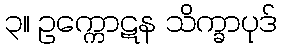
၃။ ဥက္ကောဋန သိက္ခာပုဒ်